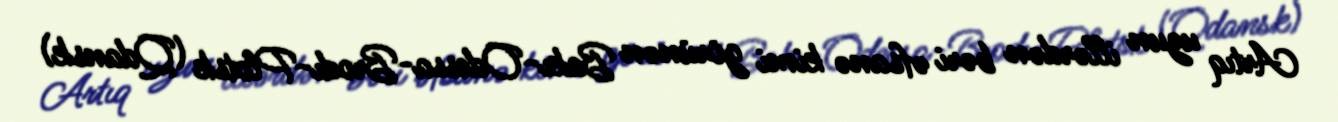
Artıq uzun illərdən bəri əfsanə kimi görünən Bakı-Odessa-Brodı-Plotsk (Qdansk)